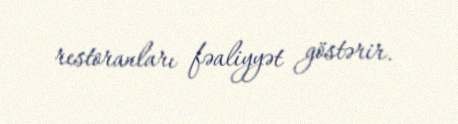
restoranları fəaliyyət göstərir.